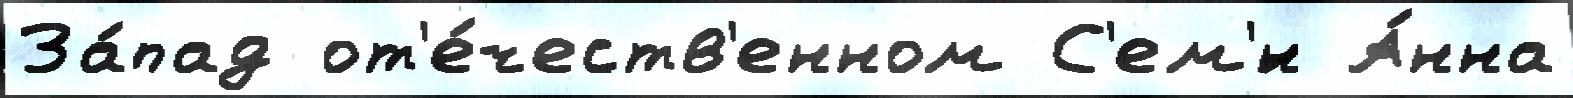
За́пад от'е́честв'енном С'ем'́н А́нна